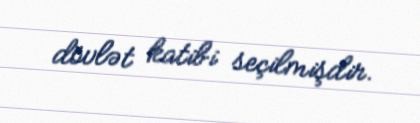
dövlət katibi seçilmişdir.